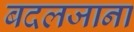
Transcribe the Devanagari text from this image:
बदलजाना